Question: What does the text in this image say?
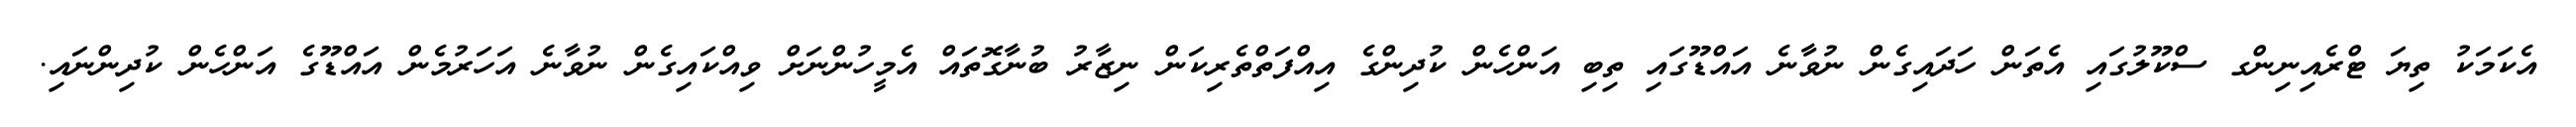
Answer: އެކަމަކު ތިޔަ ޓްރެއިނިންގ ސްކޫލުގައި އެތަން ހަދައިގެން ނުވާނެ އައްޑޫގައި ތިބި އަންހެން ކުދިންގެ އިއްފަތްތެރިކަން ނިޒާރު ބުނާގޮތައް އެމީހުންނަށް ވިއްކައިގެން ނުވާނެ އަހަރުމެން އައްޑޫގެ އަންހެން ކުދިންނައި.